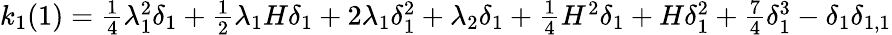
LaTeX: \begin{array}{r}{k_{1}(1)=\frac{1}{4}\lambda_{1}^{2}\delta_{1}+\frac{1}{2}\lambda_{1}H\delta_{1}+2\lambda_{1}\delta_{1}^{2}+\lambda_{2}\delta_{1}+\frac{1}{4}H^{2}\delta_{1}+H\delta_{1}^{2}+\frac{7}{4}\delta_{1}^{3}-\delta_{1}\delta_{1,1}}\end{array}